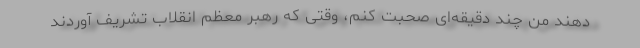
دهند من چند دقیقه‌ای صحبت كنم، وقتی كه رهبر معظم انقلاب تشریف آوردند